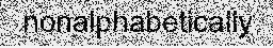
nonalphabetically